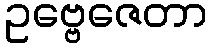
ဥဗ္ဗေဇေတာ